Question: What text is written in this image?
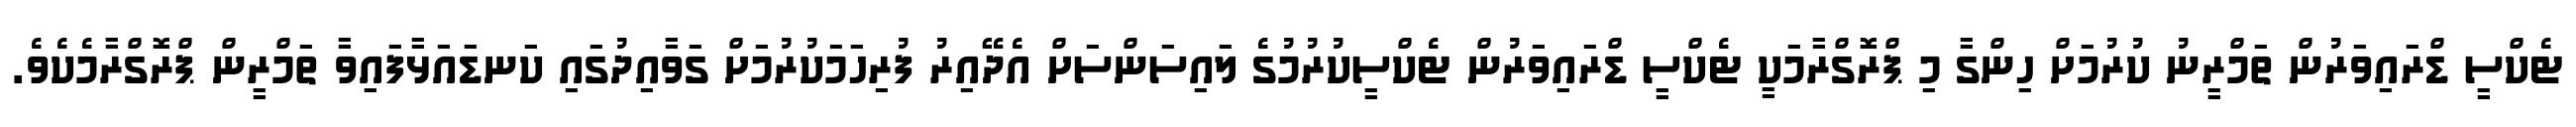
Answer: ޓެކްސީ ޑްރައިވަރުން ތަމްރީނު ކުރުމަށް ހިންގާ މި ޕްރޮގްރާމަކީ ޓެކްސީ ޑްރައިވަރުން ޓެކްސީކުރުމުގެ ލައިސަންސަށް އެދޭއިރު ފުރިހަމަކުރުމަށް ގަވާއިދުގައި ކަނޑައަޅާފައިވާ ތަމްރީން ޕްރޮގްރާމެކެވެ.